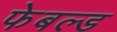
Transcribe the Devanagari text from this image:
फेबल्ड